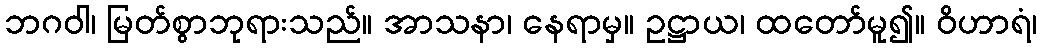
ဘဂဝါ၊ မြတ်စွာဘုရားသည်။ အာသနာ၊ နေရာမှ။ ဥဋ္ဌာယ၊ ထတော်မူ၍။ ဝိဟာရံ၊